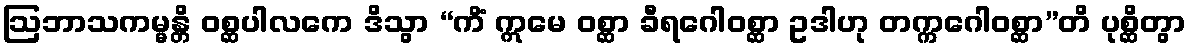
ဩဘာသကမ္မန္တိ ဝစ္ဆပါလကေ ဒိသွာ “ကိံ ဣမေ ဝစ္ဆာ ခီရဂေါဝစ္ဆာ ဥဒါဟု တက္ကဂေါဝစ္ဆာ”တိ ပုစ္ဆိတွာ